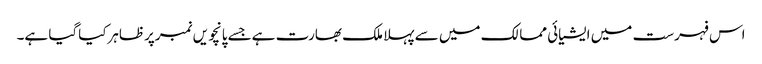
اس فہرست میں ایشیائی ممالک میں سے پہلا ملک بھارت ہےجسے پانچویں نمبرپرظاہرکیاگیا ہے۔